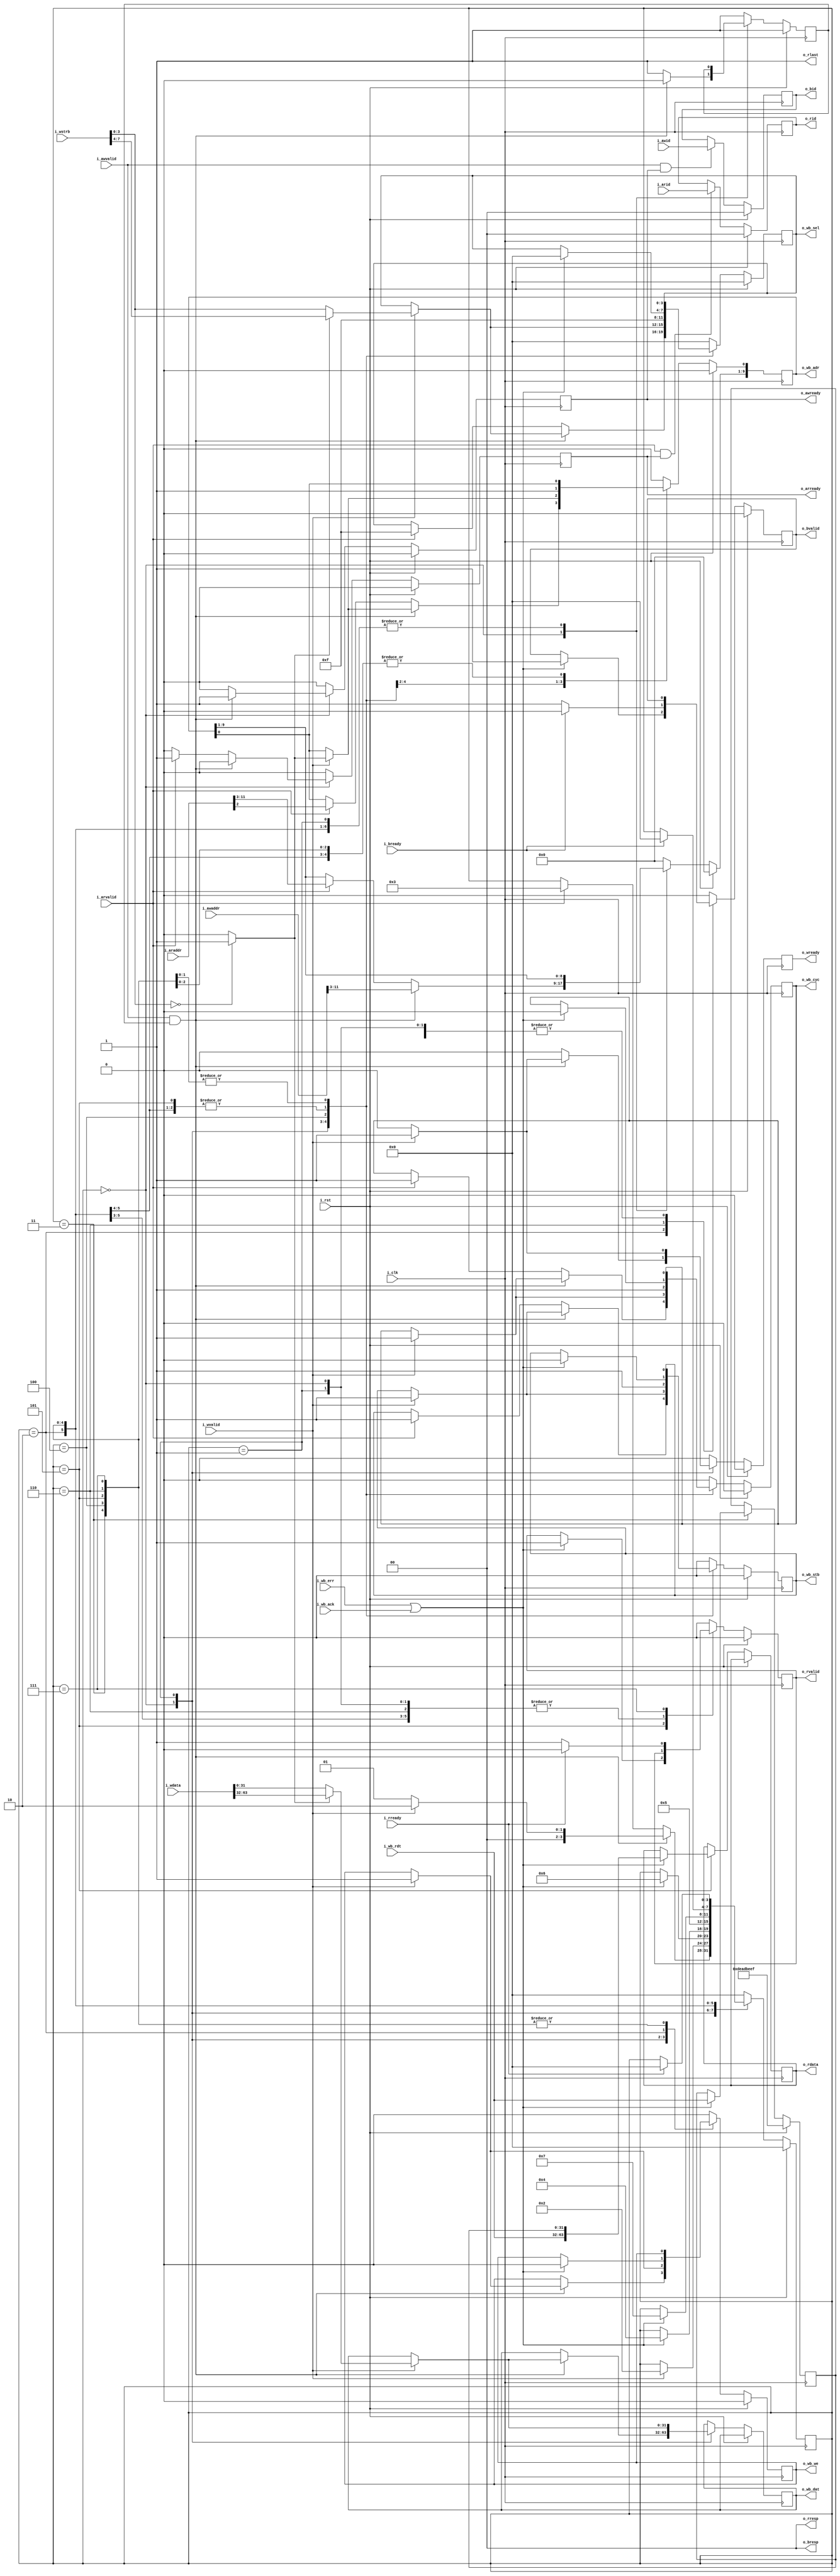
module axi2wb
  #(parameter AW = 12,
    parameter IW = 0)
  (
   input wire i_clk,
   input wire i_rst,

   // Wishbone master
   output reg [AW-1:2] o_wb_adr,
   output reg [31:0] o_wb_dat,
   output reg [3:0] o_wb_sel,
   output reg o_wb_we,
   output reg o_wb_cyc,
   output reg o_wb_stb,

   input wire [31:0] i_wb_rdt,
   input wire i_wb_ack,
   input wire i_wb_err,

   // AXI slave
   // AXI adress write channel
   input wire [AW-1:0] i_awaddr,
   input wire [IW-1:0] i_awid,
   input wire i_awvalid,
   output reg o_awready,
   //AXI adress read channel
   input wire [AW-1:0] i_araddr,
   input wire [IW-1:0] i_arid,
   input wire i_arvalid,
   output reg o_arready,
   //AXI write channel
   input wire [63:0] i_wdata,
   input wire [7:0] i_wstrb,
   input wire i_wvalid,
   output reg o_wready,
   //AXI response channel
   output reg [IW-1:0] o_bid,
   output wire [1:0] o_bresp,
   output reg o_bvalid,
   input wire i_bready,
   //AXI read channel
   output reg [63:0] o_rdata,
   output reg [IW-1:0] o_rid,
   output wire [1:0] o_rresp,
   output wire o_rlast,
   output reg o_rvalid,
   input wire i_rready
   );

   assign o_bresp = 2'b00;
   assign o_rresp = 2'b00;
   assign o_rlast = 1'b1;

   reg        hi_32b_w;
   reg 	      arbiter;
   reg 	[31:0]  wb_rdt_low;


   parameter STATESIZE = 4;

   parameter [STATESIZE-1:0]
     IDLE = 4'd0,
     AWACK = 4'd1,
     WBWACK= 4'd2,
     WBRACK1 = 4'd3,
     WBR2 = 4'd4,
     WBRACK2 = 4'd5,
     BAXI = 4'd6,
     RRAXI = 4'd7;

   reg [STATESIZE-1:0] cs;

   // formal helper registers
   reg 		       aw_req;
   reg 		       w_req;
   reg 		       ar_req;


   initial o_rvalid = 1'b0;
   initial o_bvalid = 1'b0;
   initial o_wb_stb = 1'b0;
   initial o_wb_cyc = 1'b0;
   initial o_wb_we = 1'b0;
   initial cs = 4'd0;
   initial aw_req = 1'b0;
   initial w_req = 1'b0;
   initial ar_req = 1'b0;


   always @(posedge i_clk) begin
      if (i_rst) begin
	 o_awready <= 1'b0;
	 o_wready <= 1'b0;
	 o_arready <= 1'b0;
	 o_rvalid <= 1'b0;
	 o_bvalid <= 1'b0;
	 o_wb_adr <= {AW-2{1'b0}};
	 o_wb_cyc <= 1'b0;
	 o_wb_stb <= 1'b0;
	 o_wb_sel <= 4'd0;
	 o_wb_we <= 1'b0;
	 arbiter <= 1'b1;
	 wb_rdt_low <= 32'hDEADBEEF;
	 cs <= IDLE;

	 aw_req <= 1'b0;
	 w_req <= 1'b0;
	 ar_req <= 1'b0;
	 o_bid <= {IW{1'b0}};
	 o_rid <= {IW{1'b0}};

      end
      else begin
	 if (i_awvalid & o_awready)
	   o_bid <= i_awid;

	 if (i_arvalid & o_arready)
	   o_rid <= i_arid;

	 o_awready <= 1'b0;
	 o_wready <= 1'b0;
	 o_arready <= 1'b0;

	 if (i_awvalid && o_awready)
	   aw_req <= 1'b1;
	 else if (i_bready && o_bvalid)
	   aw_req <= 1'b0;

	 if (i_wvalid && o_wready)
	   w_req <= 1'b1;
	 else if (i_bready && o_bvalid)
	   w_req <= 1'b0;

	 if (i_arvalid && o_arready)
	   ar_req <= 1'b1;
	 else if (i_rready && o_rvalid)
	   ar_req <= 1'b0;

	 case (cs)
	   IDLE : begin
	      arbiter <= 1'b1;
	      if (i_awvalid && arbiter) begin
		 o_wb_adr[AW-1:3] <= i_awaddr[AW-1:3];
		 o_awready <= 1'b1;
		 arbiter <= 1'b0;
		 if (i_wvalid) begin
		    hi_32b_w = (i_wstrb[3:0] == 4'h0) ? 1'b1 : 1'b0;
		    o_wb_adr[2] <= hi_32b_w;
		    o_wb_cyc <= 1'b1;
		    o_wb_stb <= 1'b1;
		    o_wb_sel <= hi_32b_w ? i_wstrb[7:4] : i_wstrb[3:0];
		    o_wb_dat <= hi_32b_w ? i_wdata[63:32] : i_wdata[31:0];
		    o_wb_we <= 1'b1;
		    o_wready <= 1'b1;
		    cs <= WBWACK;
		 end
		 else begin
		    cs <= AWACK;
		 end
	      end
	      else if (i_arvalid) begin
		 o_wb_adr[AW-1:2] <= i_araddr[AW-1:2];
		 o_wb_sel <= 4'hF;
		 o_wb_cyc <= 1'b1;
		 o_wb_stb <= 1'b1;
		 o_arready <= 1'b1;
		 cs <= WBRACK1;
	      end
	   end

	   AWACK : begin
	      if (i_wvalid) begin
		 hi_32b_w = (i_wstrb[3:0] == 4'h0) ? 1'b1 : 1'b0;
		 o_wb_adr[2] <= hi_32b_w;
		 o_wb_cyc <= 1'b1;
		 o_wb_stb <= 1'b1;
		 o_wb_sel <= hi_32b_w ? i_wstrb[7:4] : i_wstrb[3:0];
		 o_wb_dat <= hi_32b_w ? i_wdata[63:32] : i_wdata[31:0];
		 o_wb_we <= 1'b1;
		 o_wready <= 1'b1;
		 cs <= WBWACK;
	      end
	   end

	   WBWACK : begin
	      if ( i_wb_err || i_wb_ack ) begin
		 o_wb_cyc <= 1'b0;
		 o_wb_stb <= 1'b0;
		 o_wb_sel <= 4'h0;
		 o_wb_we <= 1'b0;
		 o_bvalid <= 1'b1;
		 cs <= BAXI;
	      end
	   end

	   WBRACK1 : begin
	      if ( i_wb_err || i_wb_ack) begin
		 o_wb_cyc <= 1'b0;
		 o_wb_stb <= 1'b0;
		 o_wb_sel <= 4'h0;
		 wb_rdt_low <= i_wb_rdt;
		 cs <= WBR2;
	      end
	   end

	   WBR2 : begin
	      o_wb_adr[2] <= 1'b1;
	      o_wb_sel <= 4'hF;
	      o_wb_cyc <= 1'b1;
	      o_wb_stb <= 1'b1;
	      cs <= WBRACK2;
	   end


	   WBRACK2 : begin
	      if ( i_wb_err || i_wb_ack) begin
		 o_wb_cyc <= 1'b0;
		 o_wb_stb <= 1'b0;
		 o_wb_sel <= 4'h0;
		 o_rvalid <= 1'b1;
		 o_rdata <= {i_wb_rdt, wb_rdt_low};
		 cs <= RRAXI;
	      end
	   end

	   BAXI : begin
	      o_bvalid <= 1'b1;
	      if (i_bready) begin
		 o_bvalid <= 1'b0;
		 cs <= IDLE;
	      end
	   end

	   RRAXI : begin
	      o_rvalid <= 1'b1;
	      if (i_rready) begin
		 o_rvalid <= 1'b0;
		 cs <= IDLE;
	      end
	   end

	   default : begin
	      o_awready <= 1'b0;
	      o_wready <= 1'b0;
	      o_arready <= 1'b0;
	      o_rvalid <= 1'b0;
	      o_bvalid <= 1'b0;
	      o_wb_adr <= {AW-2{1'b0}};
	      o_wb_cyc <= 1'b0;
	      o_wb_stb <= 1'b0;
	      o_wb_sel <= 4'd0;
	      o_wb_we <= 1'b0;
	      arbiter <= 1'b1;
	      cs <= IDLE;
	   end
	 endcase
      end
   end

`ifdef FORMAL
   localparam	F_LGDEPTH = 4;

   wire	[(F_LGDEPTH-1):0]	faxi_awr_outstanding,
				faxi_wr_outstanding,
				faxi_rd_outstanding;


   faxil_slave
     #(
         .C_AXI_DATA_WIDTH(64),
	 .C_AXI_ADDR_WIDTH(AW),
	 .F_OPT_BRESP      (1'b1),
	 .F_OPT_RRESP      (1'b1),
	 .F_AXI_MAXWAIT    (16),
	 .F_AXI_MAXDELAY   (4),
	 .F_AXI_MAXRSTALL  (1),
	 .F_LGDEPTH(F_LGDEPTH))
   faxil_slave
     (
	    .i_clk(i_clk),
	    .i_axi_reset_n(~i_rst),
	    //
       	    .i_axi_awaddr(i_awaddr),
	    .i_axi_awcache(4'h0),
	    .i_axi_awprot(3'd0),
	    .i_axi_awvalid(i_awvalid),
	    .i_axi_awready(o_awready),
	    //
	    .i_axi_wdata(i_wdata),
	    .i_axi_wstrb(i_wstrb),
	    .i_axi_wvalid(i_wvalid),
	    .i_axi_wready(o_wready),
	    //
	    .i_axi_bresp(2'd0),
	    .i_axi_bvalid(o_bvalid),
	    .i_axi_bready(i_bready),
	    //
	    .i_axi_araddr(i_araddr),
	    .i_axi_arprot(3'd0),
	    .i_axi_arcache(4'h0),
	    .i_axi_arvalid(i_arvalid),
	    .i_axi_arready(o_arready),
	    //
	    .i_axi_rdata(o_rdata),
	    .i_axi_rresp(2'd0),
	    .i_axi_rvalid(o_rvalid),
	    .i_axi_rready(i_rready),
	    //
	    .f_axi_rd_outstanding(faxi_rd_outstanding),
	    .f_axi_wr_outstanding(faxi_wr_outstanding),
	    .f_axi_awr_outstanding(faxi_awr_outstanding));


   always @(*) begin

      assert(faxi_awr_outstanding <= 1);
      assert(faxi_wr_outstanding <= 1);
      assert(faxi_rd_outstanding <= 1);

      case (cs)
	IDLE : begin
	   assert(!o_wb_we);
	   assert(!o_wb_stb);
	   assert(!o_wb_cyc);
	   assert(!aw_req);
	   assert(!ar_req);
	   assert(!w_req);
	   assert(faxi_awr_outstanding == 0);
	   assert(faxi_wr_outstanding == 0);
	   assert(faxi_rd_outstanding == 0);
	end
	AWACK : begin
	   assert(!o_wb_we);
	   assert(!o_wb_stb);
	   assert(!o_wb_cyc);
	   assert(faxi_awr_outstanding == (aw_req ? 1:0));
	   assert(faxi_wr_outstanding == 0);
	   assert(faxi_rd_outstanding == 0);
	end
	WBWACK : begin
	   assert(faxi_awr_outstanding == (aw_req ? 1:0));
	   assert(faxi_wr_outstanding == (w_req ? 1:0));
	   assert(faxi_rd_outstanding == 0);
	end
	WBRACK : begin
	   assert(faxi_awr_outstanding == 0);
	   assert(faxi_wr_outstanding == 0);
	   assert(faxi_rd_outstanding == (ar_req ? 1:0));
	   end
	BAXI : begin
	   assert(faxi_rd_outstanding == 0);
	end
	RRAXI : begin
	   assert(faxi_awr_outstanding == 0);
	   assert(faxi_wr_outstanding == 0);
	end

	default:
	  assert(0);
      endcase // case (cs)
   end

   fwbc_master
     #(.AW (AW-2),
       .DW (32),
       .F_MAX_DELAY (4),
       .OPT_BUS_ABORT (0))
   fwbc_master
     (.i_clk      (i_clk),
      .i_reset    (i_rst),
      .i_wb_addr  (o_wb_adr),
      .i_wb_data  (o_wb_dat),
      .i_wb_sel   (o_wb_sel),
      .i_wb_we    (o_wb_we),
      .i_wb_cyc   (o_wb_cyc),
      .i_wb_stb   (o_wb_stb),
      .i_wb_cti   (3'd0),
      .i_wb_bte   (2'd0),
      .i_wb_idata (i_wb_rdt),
      .i_wb_ack   (i_wb_ack),
      .i_wb_err   (i_wb_err),
      .i_wb_rty   (1'b0));

`endif
endmodule